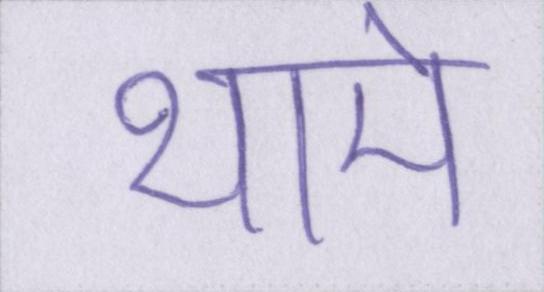
थामे